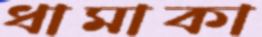
ধামাকা